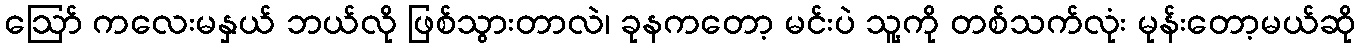
ဩော် ကလေးမနှယ် ဘယ်လို ဖြစ်သွားတာလဲ၊ ခုနကတော့ မင်းပဲ သူ့ကို တစ်သက်လုံး မုန်းတော့မယ်ဆို